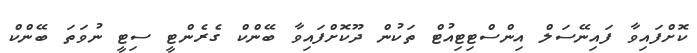
ކޮށްފައިވާ ފައިނޭސަލް އިންސްޓިޓިއުޓް ތަކުން ދޫކޮށްފައިވާ ބޭންކް ގެރެންޓީ ސިޓީ ނުވަތަ ބޭންކް